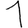
Digit: 1